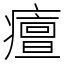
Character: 𤺺